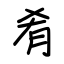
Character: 肴